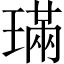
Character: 璊